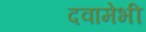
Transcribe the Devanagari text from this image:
दवामेभी